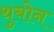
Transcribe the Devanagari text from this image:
थुबोन